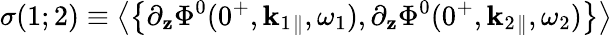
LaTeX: \sigma(1;2)\equiv\left\langle\left\{ \partial_{\mathbf{z}}\Phi^{0}(0^{+},{\mathbf{k}}_{1}{}_{\| },\omega_{1}),\partial_{\mathbf{z}}\Phi^{0}(0^{+},{\mathbf{k}}_{2}{}_{\| },\omega_{2})\right\} \right\rangle